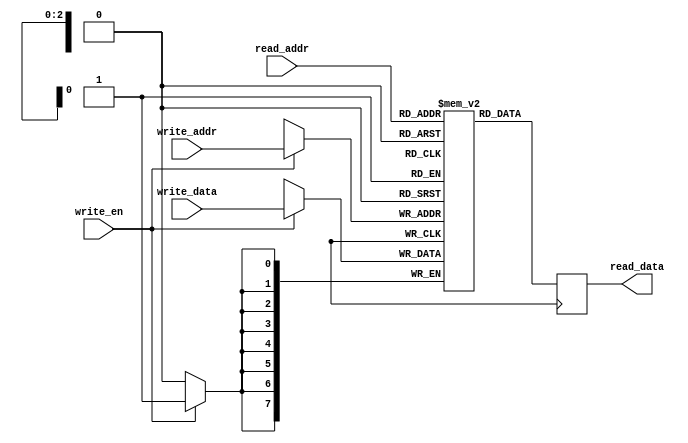
module MemoryBlocksStackRF (
  input [7:0] write_data,
  input write_en,
  input [2:0] write_addr,
  output reg [7:0] read_data,
  input [2:0] read_addr
);

  parameter NUM_BLOCKS = 8;
  
  reg [7:0] memory_blocks [0:NUM_BLOCKS-1];

  always @ (posedge clk) begin
    if (write_en) begin
      memory_blocks[write_addr] <= write_data;
    end
    read_data <= memory_blocks[read_addr];
  end

endmodule